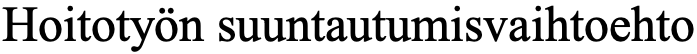
Hoitotyön suuntautumisvaihtoehto